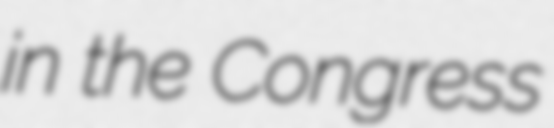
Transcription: in the Congress